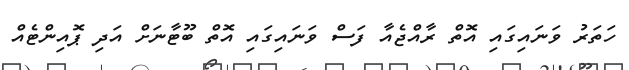
ހަތަރު ވަނައިގައި އޮތް ރާއްޖެއާ ފަސް ވަނައިގައި އޮތް ބޫޓާނަށް އަދި ޕޮއިންޓެއް